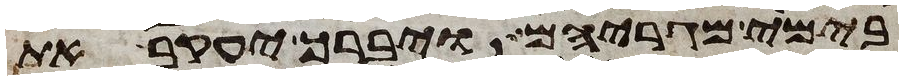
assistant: בימי מגריהם ויברך יעקב את